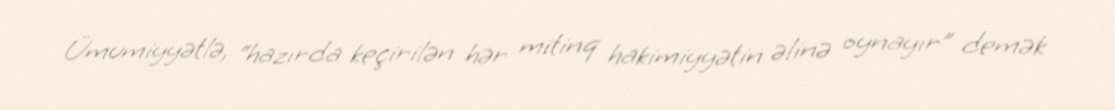
Ümumiyyətlə, “hazırda keçirilən hər mitinq hakimiyyətin əlinə oynayır” demək